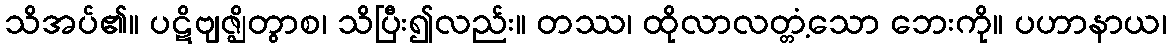
သိအပ်၏။ ပဋိဗျဇ္ဈိတွာစ၊ သိပြီး၍လည်း။ တဿ၊ ထိုလာလတ္တံ့သော ဘေးကို။ ပဟာနာယ၊